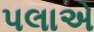
પલાએ